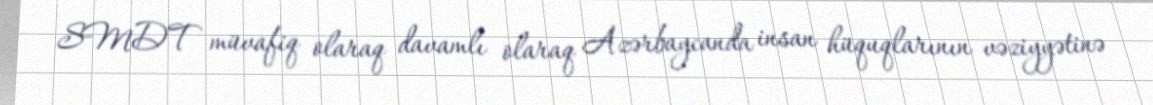
SMDT müvafiq olaraq davamlı olaraq Azərbaycanda insan hüquqlarının vəziyyətinə